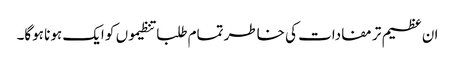
ان عظیم تر مفادات کی خاطر تمام طلبا تنظیموں کو ایک ہونا ہوگا۔